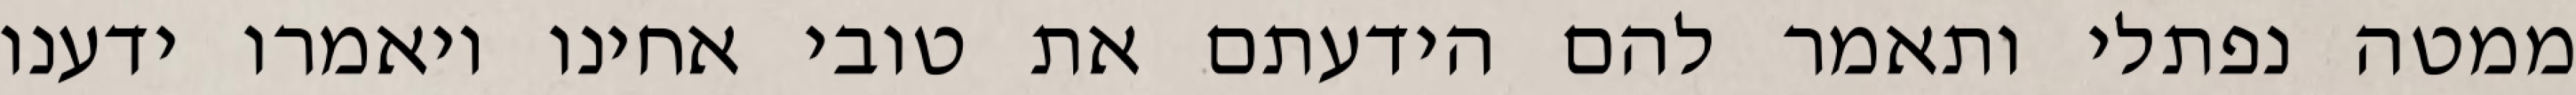
ממטה נפתלי ותאמר להם הידעתם את טובי אחינו ויאמרו ידענו